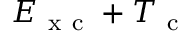
E _ { \mathrm { ~ x ~ c ~ } } + T _ { \mathrm { ~ c ~ } }